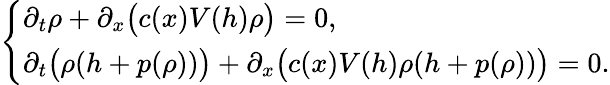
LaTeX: \left\{ \begin{array}{ll}{\partial_{t}\rho+\partial_{x}\bigl(c(x)V(h)\rho\bigr)=0,}\\ {\partial_{t}\bigl(\rho(h+p(\rho))\bigr)+\partial_{x}\bigl(c(x)V(h)\rho(h+p(\rho))\bigr)=0.}\end{array}\right.